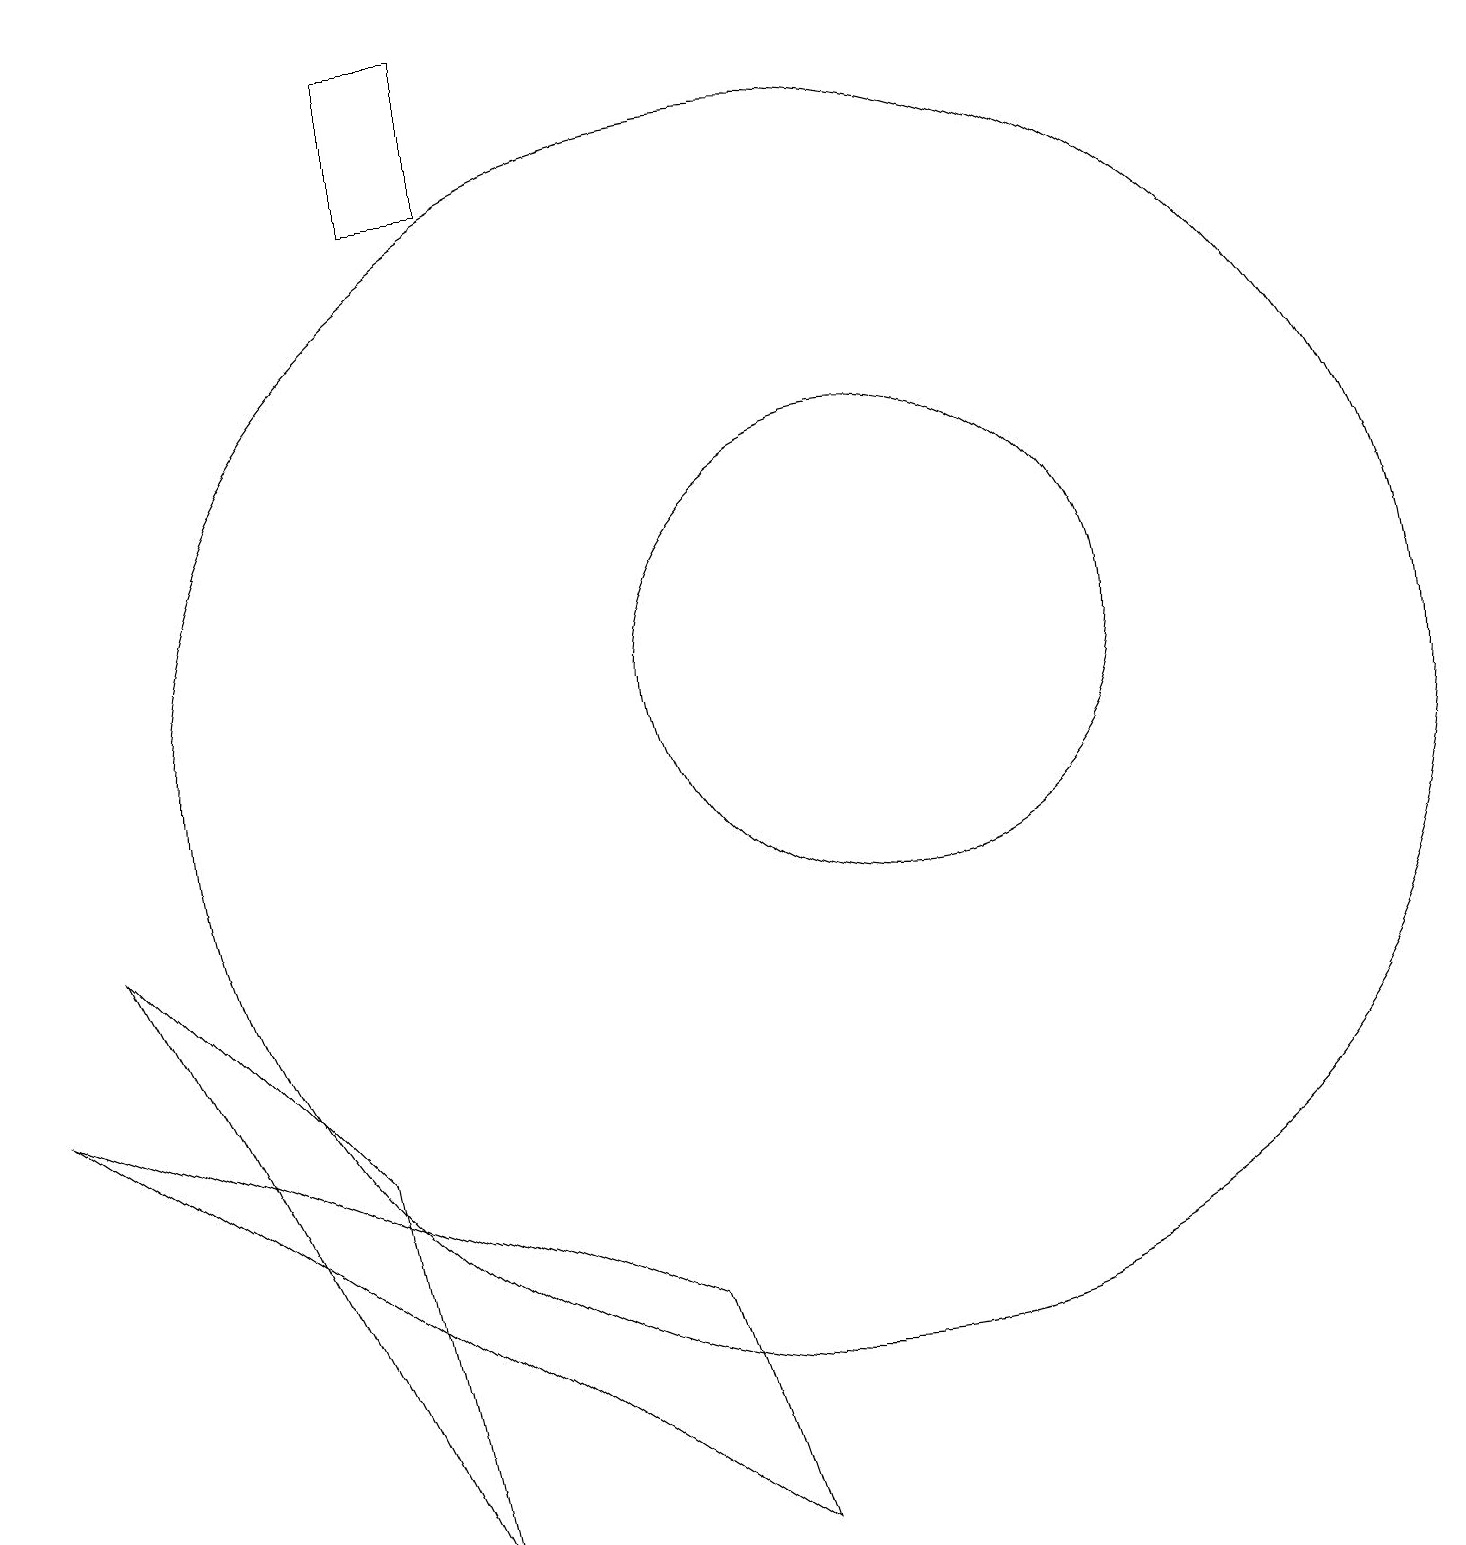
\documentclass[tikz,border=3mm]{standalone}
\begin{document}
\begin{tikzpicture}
\draw (5,19) rectangle (6,17);
\draw (9,0) -- (0,6) -- (8,3) -- cycle;
\draw (11,11) circle (3);
\draw (4,5) -- (1,8) -- (5,0) -- cycle;
\draw (10,10) circle (8);
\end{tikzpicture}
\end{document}